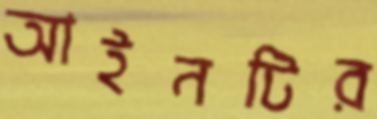
আইনটির